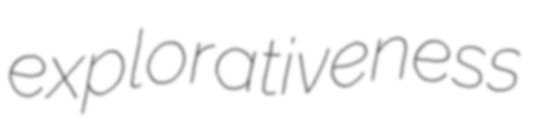
explorativeness